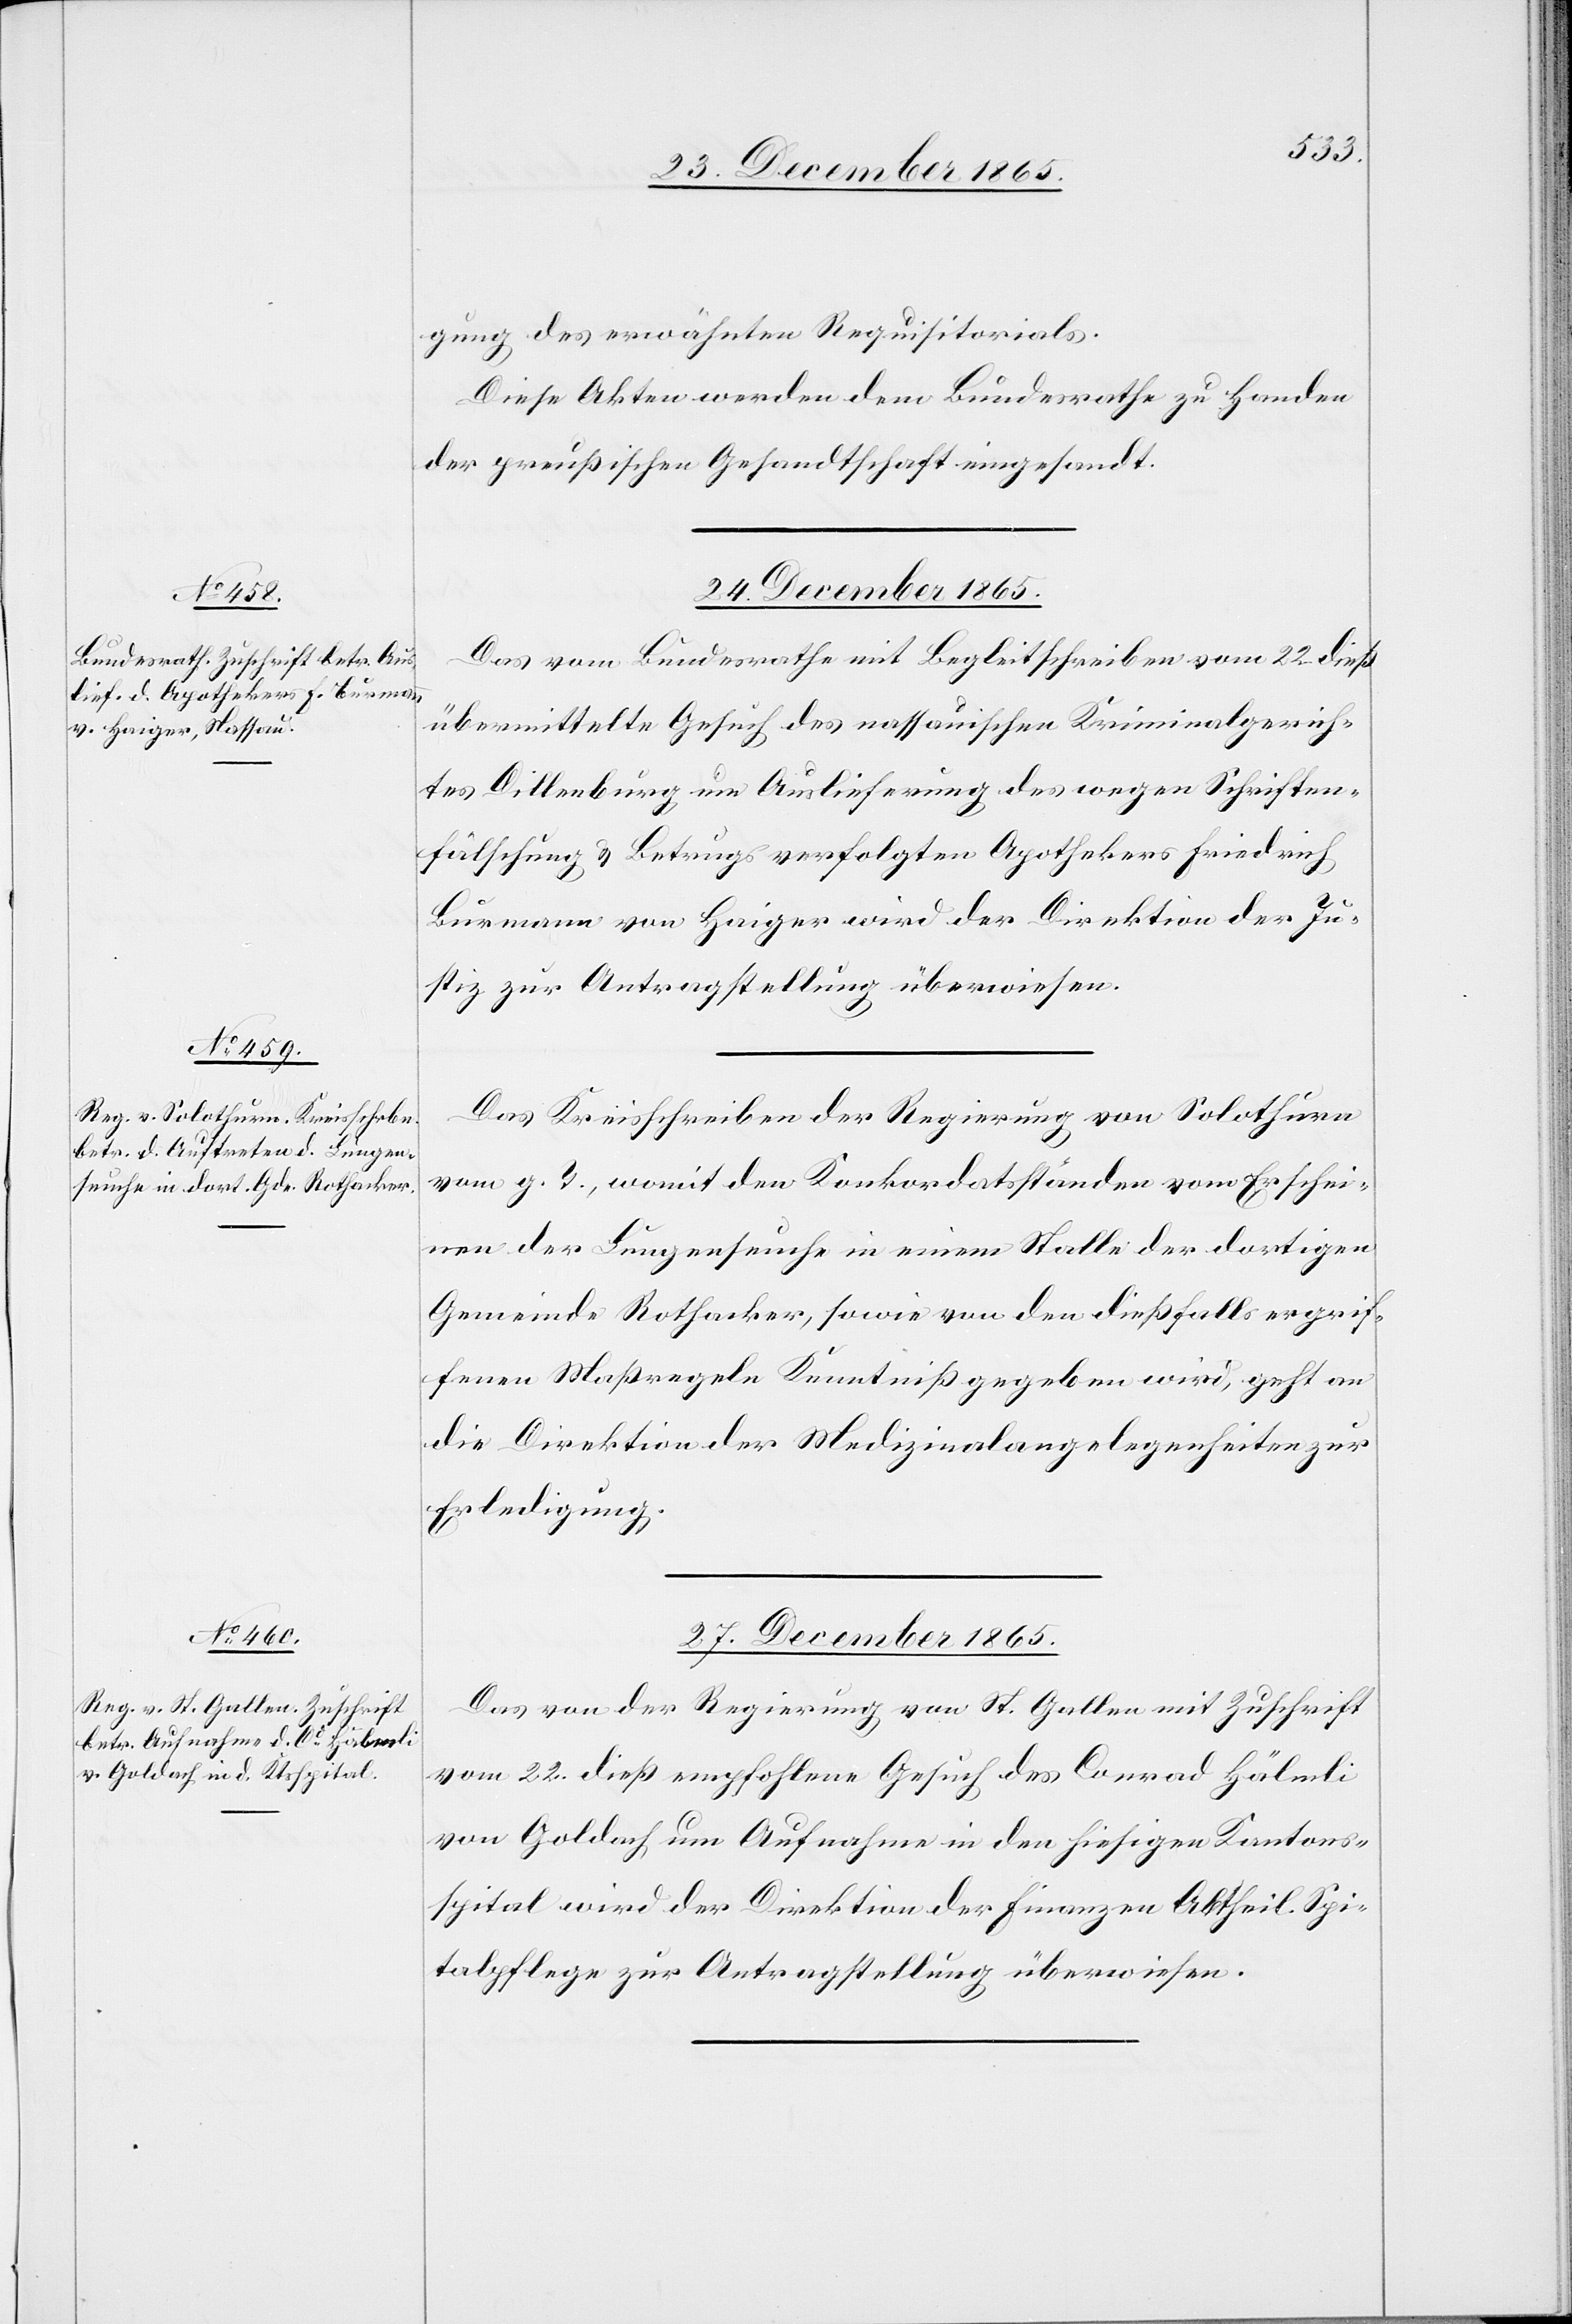
gung des erwähnten Requisitorials.
Diese Akten werden dem Bundesrathe zu Handen
der preußischen Gesandtschaft eingesandt.
24. December 1865.]
Das vom Bundesrathe mit Begleitschreiben vom 22. dieß
übermittelte Gesuch des nassauischen Kriminalgerich¬
tes Dillenburg um Auslieferung des wegen Schriften¬
fälschung & Betrugs verfolgten Apothekers Friedrich
Burmann von Haiger wird der Direktion der Ju¬
stiz zur Antragstellung überwiesen.
Das Kreisschreiben der Regierung von Solothurn
vom g. T., womit den Konkordatsständen vom Erschei¬
nen der Lungenseuche in einem Stalle der dortigen
Gemeinde Rothacker, sowie von den dießfalls ergrif¬
fenen Maßregeln Kenntniß gegeben wird, geht an
die Direktion der Medizinalangelegenheiten zur
Erledigung.
27. December 1865.
Das von der Regierung von St. Gallen mit Zuschrift
vom 22. dieß empfohlene Gesuch des Conrad Hälmli
von Goldach um Aufnahme in den hiesigen Kantons¬
spital wird der Direktion der Finanzen Abtheil. Spi¬
talpflege zur Antragstellung überwiesen.